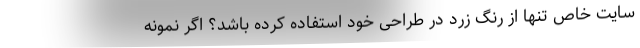
سایت خاص تنها از رنگ زرد در طراحی خود استفاده کرده باشد؟ اگر نمونه